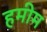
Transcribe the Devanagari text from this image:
हमीम